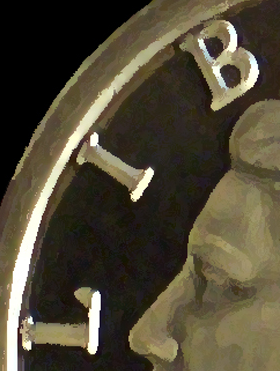
LIB